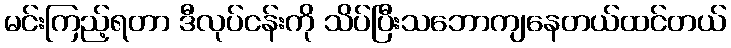
မင်းကြည့်ရတာ ဒီလုပ်ငန်းကို သိပ်ပြီးသဘောကျနေတယ်ထင်တယ်